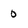
Character: 0